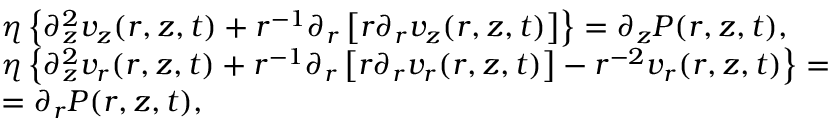
\begin{array} { r l } & { \eta \left\{ \partial _ { z } ^ { 2 } v _ { z } ( r , z , t ) + r ^ { - 1 } \partial _ { r } \left[ r \partial _ { r } v _ { z } ( r , z , t ) \right] \right\} = \partial _ { z } P ( r , z , t ) , } \\ & { \eta \left\{ \partial _ { z } ^ { 2 } v _ { r } ( r , z , t ) + r ^ { - 1 } \partial _ { r } \left[ r \partial _ { r } v _ { r } ( r , z , t ) \right] - r ^ { - 2 } v _ { r } ( r , z , t ) \right\} = } \\ & { = \partial _ { r } P ( r , z , t ) , } \end{array}